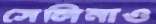
সেলিনাও